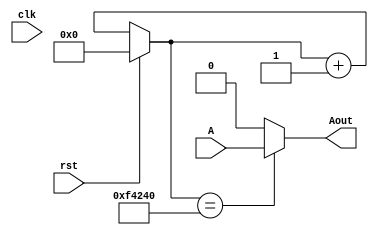
module mydebounce (clk, rst, A,Aout);
	input A;
	input clk;
	input rst;
	output Aout;
	reg Aout,Bout;
	reg [21:0] counter;

	always @(clk) begin
		if (rst) begin
			counter = 0;
			end
		else begin
			counter = counter +1;
			end
		end
	
	always @(counter) begin
		if (counter == 1_000_000)begin
			Aout = A;
			end
		else begin
			Aout = 0;
			end
		end


		
endmodule